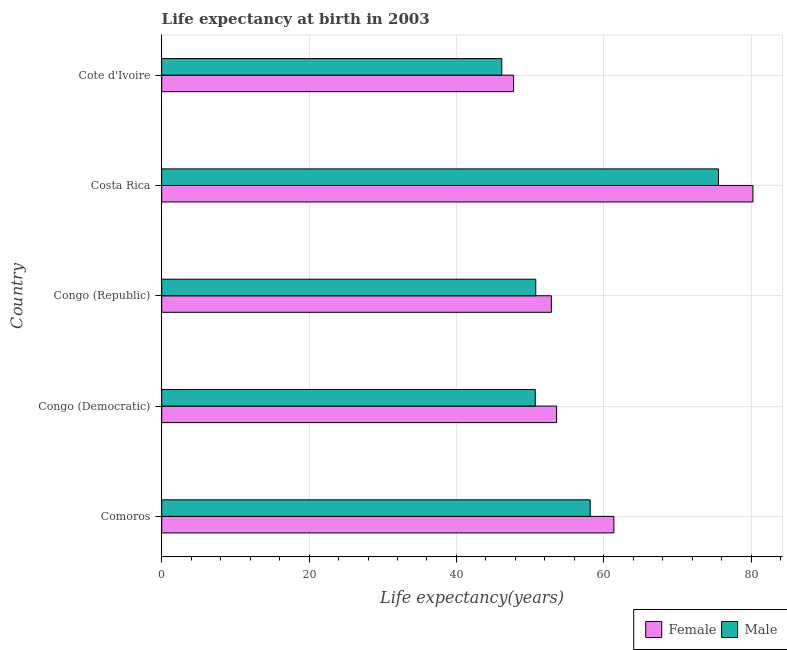
| Country | Female | Male |
 | --- | --- | --- |
 | Comoros | 61.4 | 58.2 |
 | Congo (Democratic) | 53.6 | 50.7 |
 | Congo (Republic) | 52.9 | 50.8 |
 | Costa Rica | 80.2 | 75.6 |
 | Cote d'Ivoire | 47.8 | 46.2 |